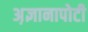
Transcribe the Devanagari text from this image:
अ़ज्ञानापोटी